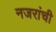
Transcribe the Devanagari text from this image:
नजरांची